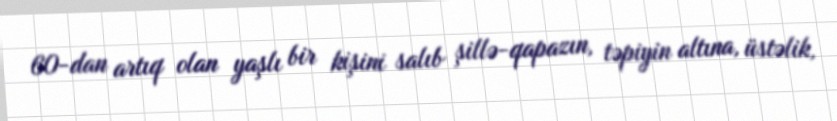
60-dan artıq olan yaşlı bir kişini salıb şillə-qapazın, təpiyin altına, üstəlik,